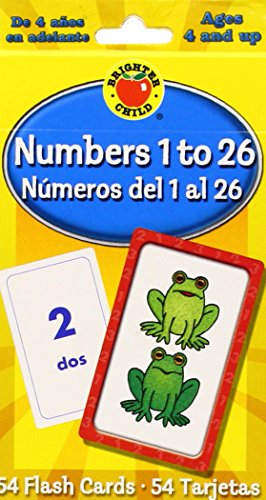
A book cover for Numbers 1 to 26 Flash Cards, Grades PK - 3: NÂ·meros del 1 al 26 (Brighter Child Flash Cards); Children's Books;